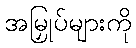
အမြှုပ်များကို